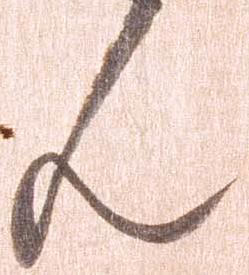
ん